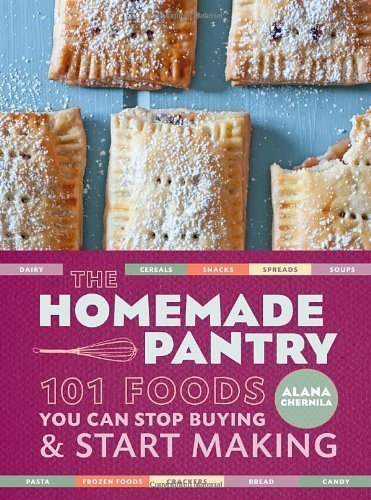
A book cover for The Homemade Pantry: 101 Foods You Can Stop Buying and Start Making by Alana Chernila (April 3 2012); Cookbooks, Food & Wine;